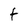
Character: f